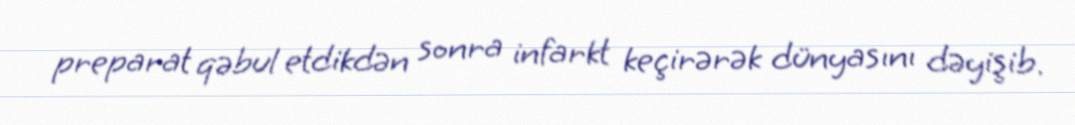
preparat qəbul etdikdən sonra infarkt keçirərək dünyasını dəyişib.